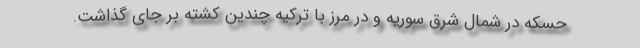
حسکه در شمال شرق سوریه و در مرز با ترکیه چندین کشته بر جای گذاشت.